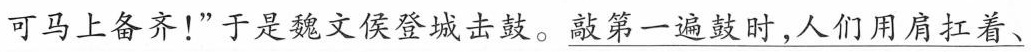
可马上备齐！”于是魏文侯登城击鼓。敲第一遍鼓时，人们用肩扛着、